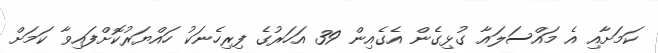
ކަމަށާއި އެ މައްސަލައާ ގުޅިގެން އެގެއިން 39 އަހަރުގެ ފިރިހެނަކު ހައްޔަރުކޮށްފައިވާ ކަމަށް